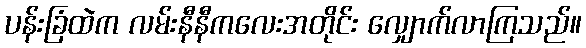
ပန်းခြံထဲက လမ်းနီနီကလေးအတိုင်း လျှောက်လာကြသည်။